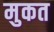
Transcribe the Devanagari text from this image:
मुकत